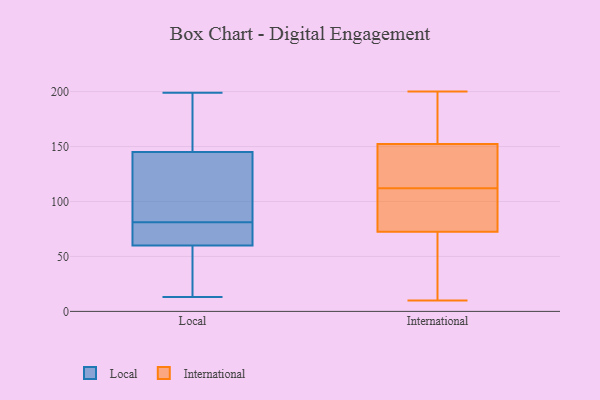
{"axis": {"x": "Humidity (%)", "y": "Value"}, "legend": ["International", "Local"], "data": [{"x": "", "y": 63, "type": "Local"}, {"x": "", "y": 186, "type": "Local"}, {"x": "", "y": 130, "type": "Local"}, {"x": "", "y": 60, "type": "Local"}, {"x": "", "y": 76, "type": "Local"}, {"x": "", "y": 60, "type": "Local"}, {"x": "", "y": 189, "type": "Local"}, {"x": "", "y": 52, "type": "Local"}, {"x": "", "y": 147, "type": "Local"}, {"x": "", "y": 13, "type": "Local"}, {"x": "", "y": 35, "type": "Local"}, {"x": "", "y": 145, "type": "Local"}, {"x": "", "y": 86, "type": "Local"}, {"x": "", "y": 51, "type": "Local"}, {"x": "", "y": 106, "type": "Local"}, {"x": "", "y": 199, "type": "Local"}, {"x": "", "y": 64, "type": "Local"}, {"x": "", "y": 120, "type": "Local"}, {"x": "", "y": 103, "type": "International"}, {"x": "", "y": 82, "type": "International"}, {"x": "", "y": 113, "type": "International"}, {"x": "", "y": 74, "type": "International"}, {"x": "", "y": 190, "type": "International"}, {"x": "", "y": 85, "type": "International"}, {"x": "", "y": 139, "type": "International"}, {"x": "", "y": 112, "type": "International"}, {"x": "", "y": 200, "type": "International"}, {"x": "", "y": 25, "type": "International"}, {"x": "", "y": 123, "type": "International"}, {"x": "", "y": 10, "type": "International"}, {"x": "", "y": 68, "type": "International"}, {"x": "", "y": 144, "type": "International"}, {"x": "", "y": 21, "type": "International"}, {"x": "", "y": 178, "type": "International"}, {"x": "", "y": 177, "type": "International"}]}